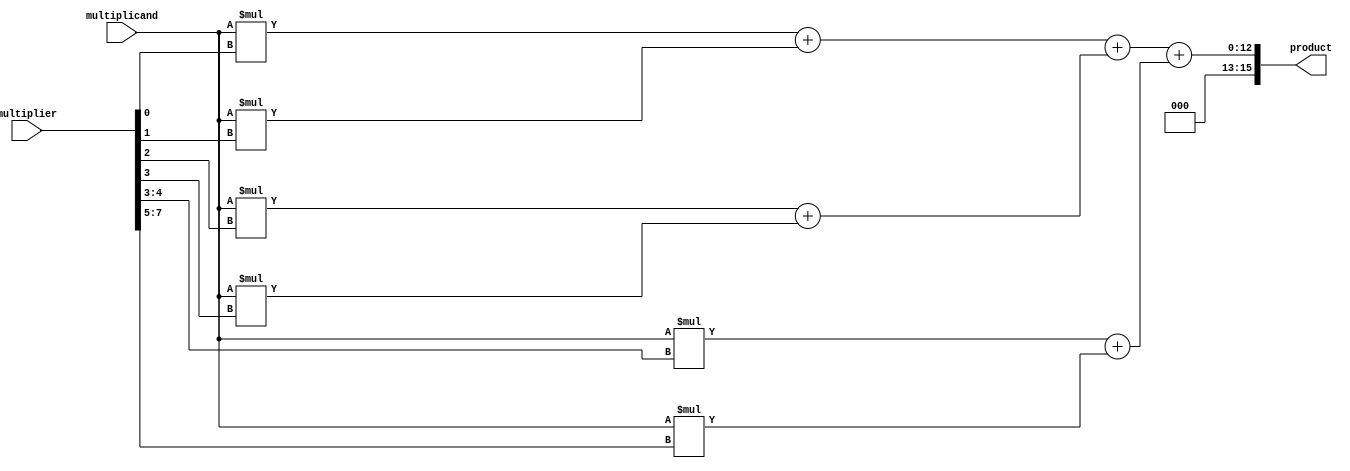
module WallaceTreeMultiplier(
    input [7:0] multiplicand,
    input [7:0] multiplier,
    output reg [15:0] product
);

// Partial Product Generators
reg [15:0] pp1, pp2, pp3, pp4;
reg [23:0] pp5, pp6;

// Arithmetic Blocks
reg [23:0] sum1, sum2, sum3, sum4, sum5;

// Generate partial products
always @* begin
    pp1 = multiplicand * multiplier[0];
    pp2 = multiplicand * multiplier[1];
    pp3 = multiplicand * multiplier[2];
    pp4 = multiplicand * multiplier[3];
    pp5 = multiplicand * multiplier[4:3];
    pp6 = multiplicand * multiplier[7:5];
end

// Add partial products in tree-like structure
always @* begin
    sum1 = pp1 + pp2;
    sum2 = pp3 + pp4;
    sum3 = sum1 + sum2;
    sum4 = pp5 + pp6;
    sum5 = sum3 + sum4;
end

// Assign final product
always @* begin
    product = {sum5[23:8], sum5[7:0]};
end

endmodule